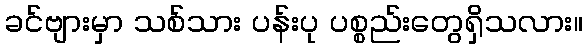
ခင်ဗျားမှာ သစ်သား ပန်းပု ပစ္စည်းတွေရှိသလား။